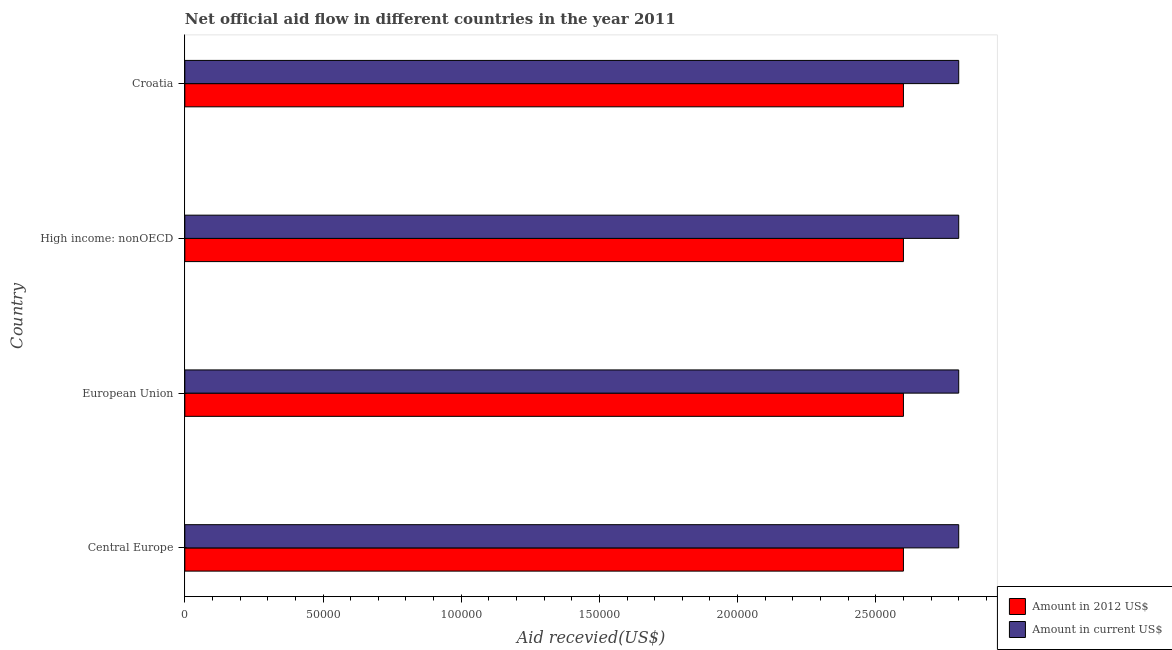
| Country | Amount in 2012 US$ | Amount in current US$ |
 | --- | --- | --- |
 | Central Europe | 2.6e+05 | 2.8e+05 |
 | European Union | 2.6e+05 | 2.8e+05 |
 | High income: nonOECD | 2.6e+05 | 2.8e+05 |
 | Croatia | 2.6e+05 | 2.8e+05 |